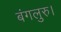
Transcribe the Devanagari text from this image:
बंगलुरु।